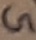
Text: G